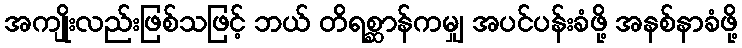
အကျိုးလည်းဖြစ်သဖြင့် ဘယ် တိရစ္ဆာန်ကမျှ အပင်ပန်းခံဖို့ အနစ်နာခံဖို့